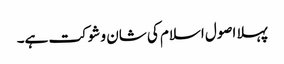
پہلا اصول اسلام کی شان و شوکت ہے۔